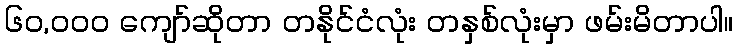
၆၀,၀၀၀ ကျော်ဆိုတာ တနိုင်ငံလုံး တနှစ်လုံးမှာ ဖမ်းမိတာပါ။